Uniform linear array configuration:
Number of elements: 16
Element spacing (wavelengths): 0.75
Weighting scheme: blackman
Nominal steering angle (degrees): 45
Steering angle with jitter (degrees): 43.139
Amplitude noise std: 0.05
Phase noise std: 0.05

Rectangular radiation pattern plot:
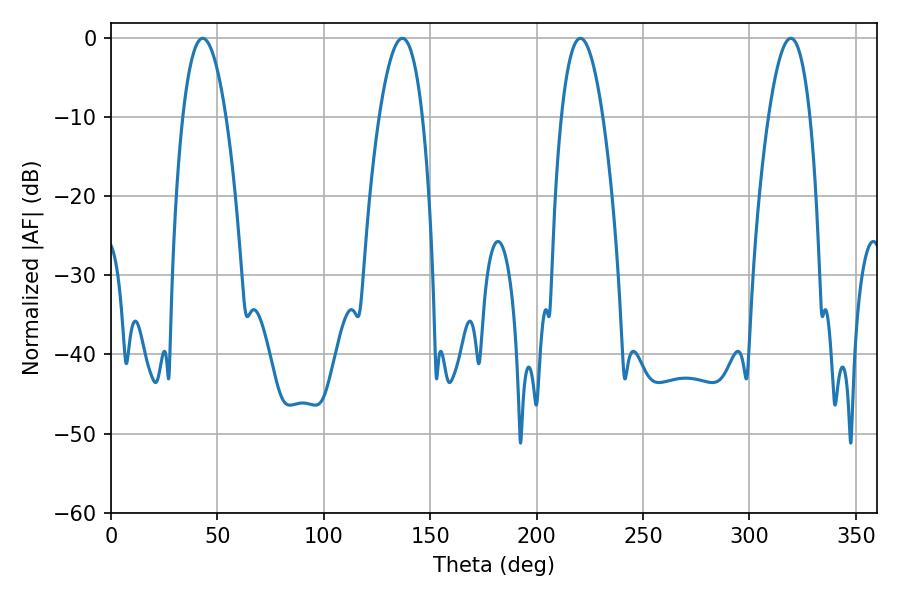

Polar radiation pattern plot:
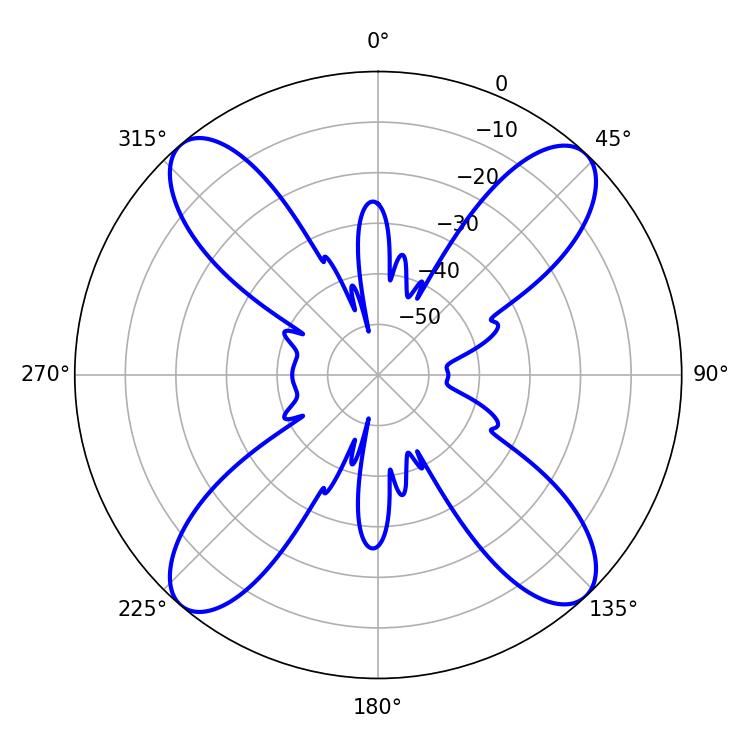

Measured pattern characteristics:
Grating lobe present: TRUE
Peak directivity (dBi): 19.144
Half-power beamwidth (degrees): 10.8
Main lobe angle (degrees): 220.5